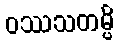
ဝဿသတမ္ပိ